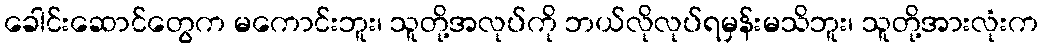
ခေါင်းဆောင်တွေက မကောင်းဘူး၊ သူတို့အလုပ်ကို ဘယ်လိုလုပ်ရမှန်းမသိဘူး၊ သူတို့အားလုံးက